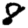
Digit: 8